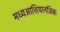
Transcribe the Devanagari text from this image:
मध्यआशियानजिक